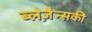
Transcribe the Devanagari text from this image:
ब्लेज़ैन्सकी